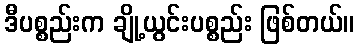
ဒီပစ္စည်းက ချို့ယွင်းပစ္စည်း ဖြစ်တယ်။